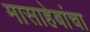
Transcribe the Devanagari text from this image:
मासाहेबांचा